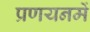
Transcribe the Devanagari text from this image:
प्रणयनमें